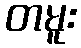
တမူး